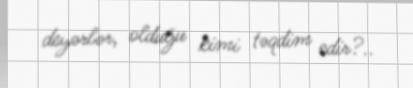
deyərlər, olduğu kimi təqdim edir?..